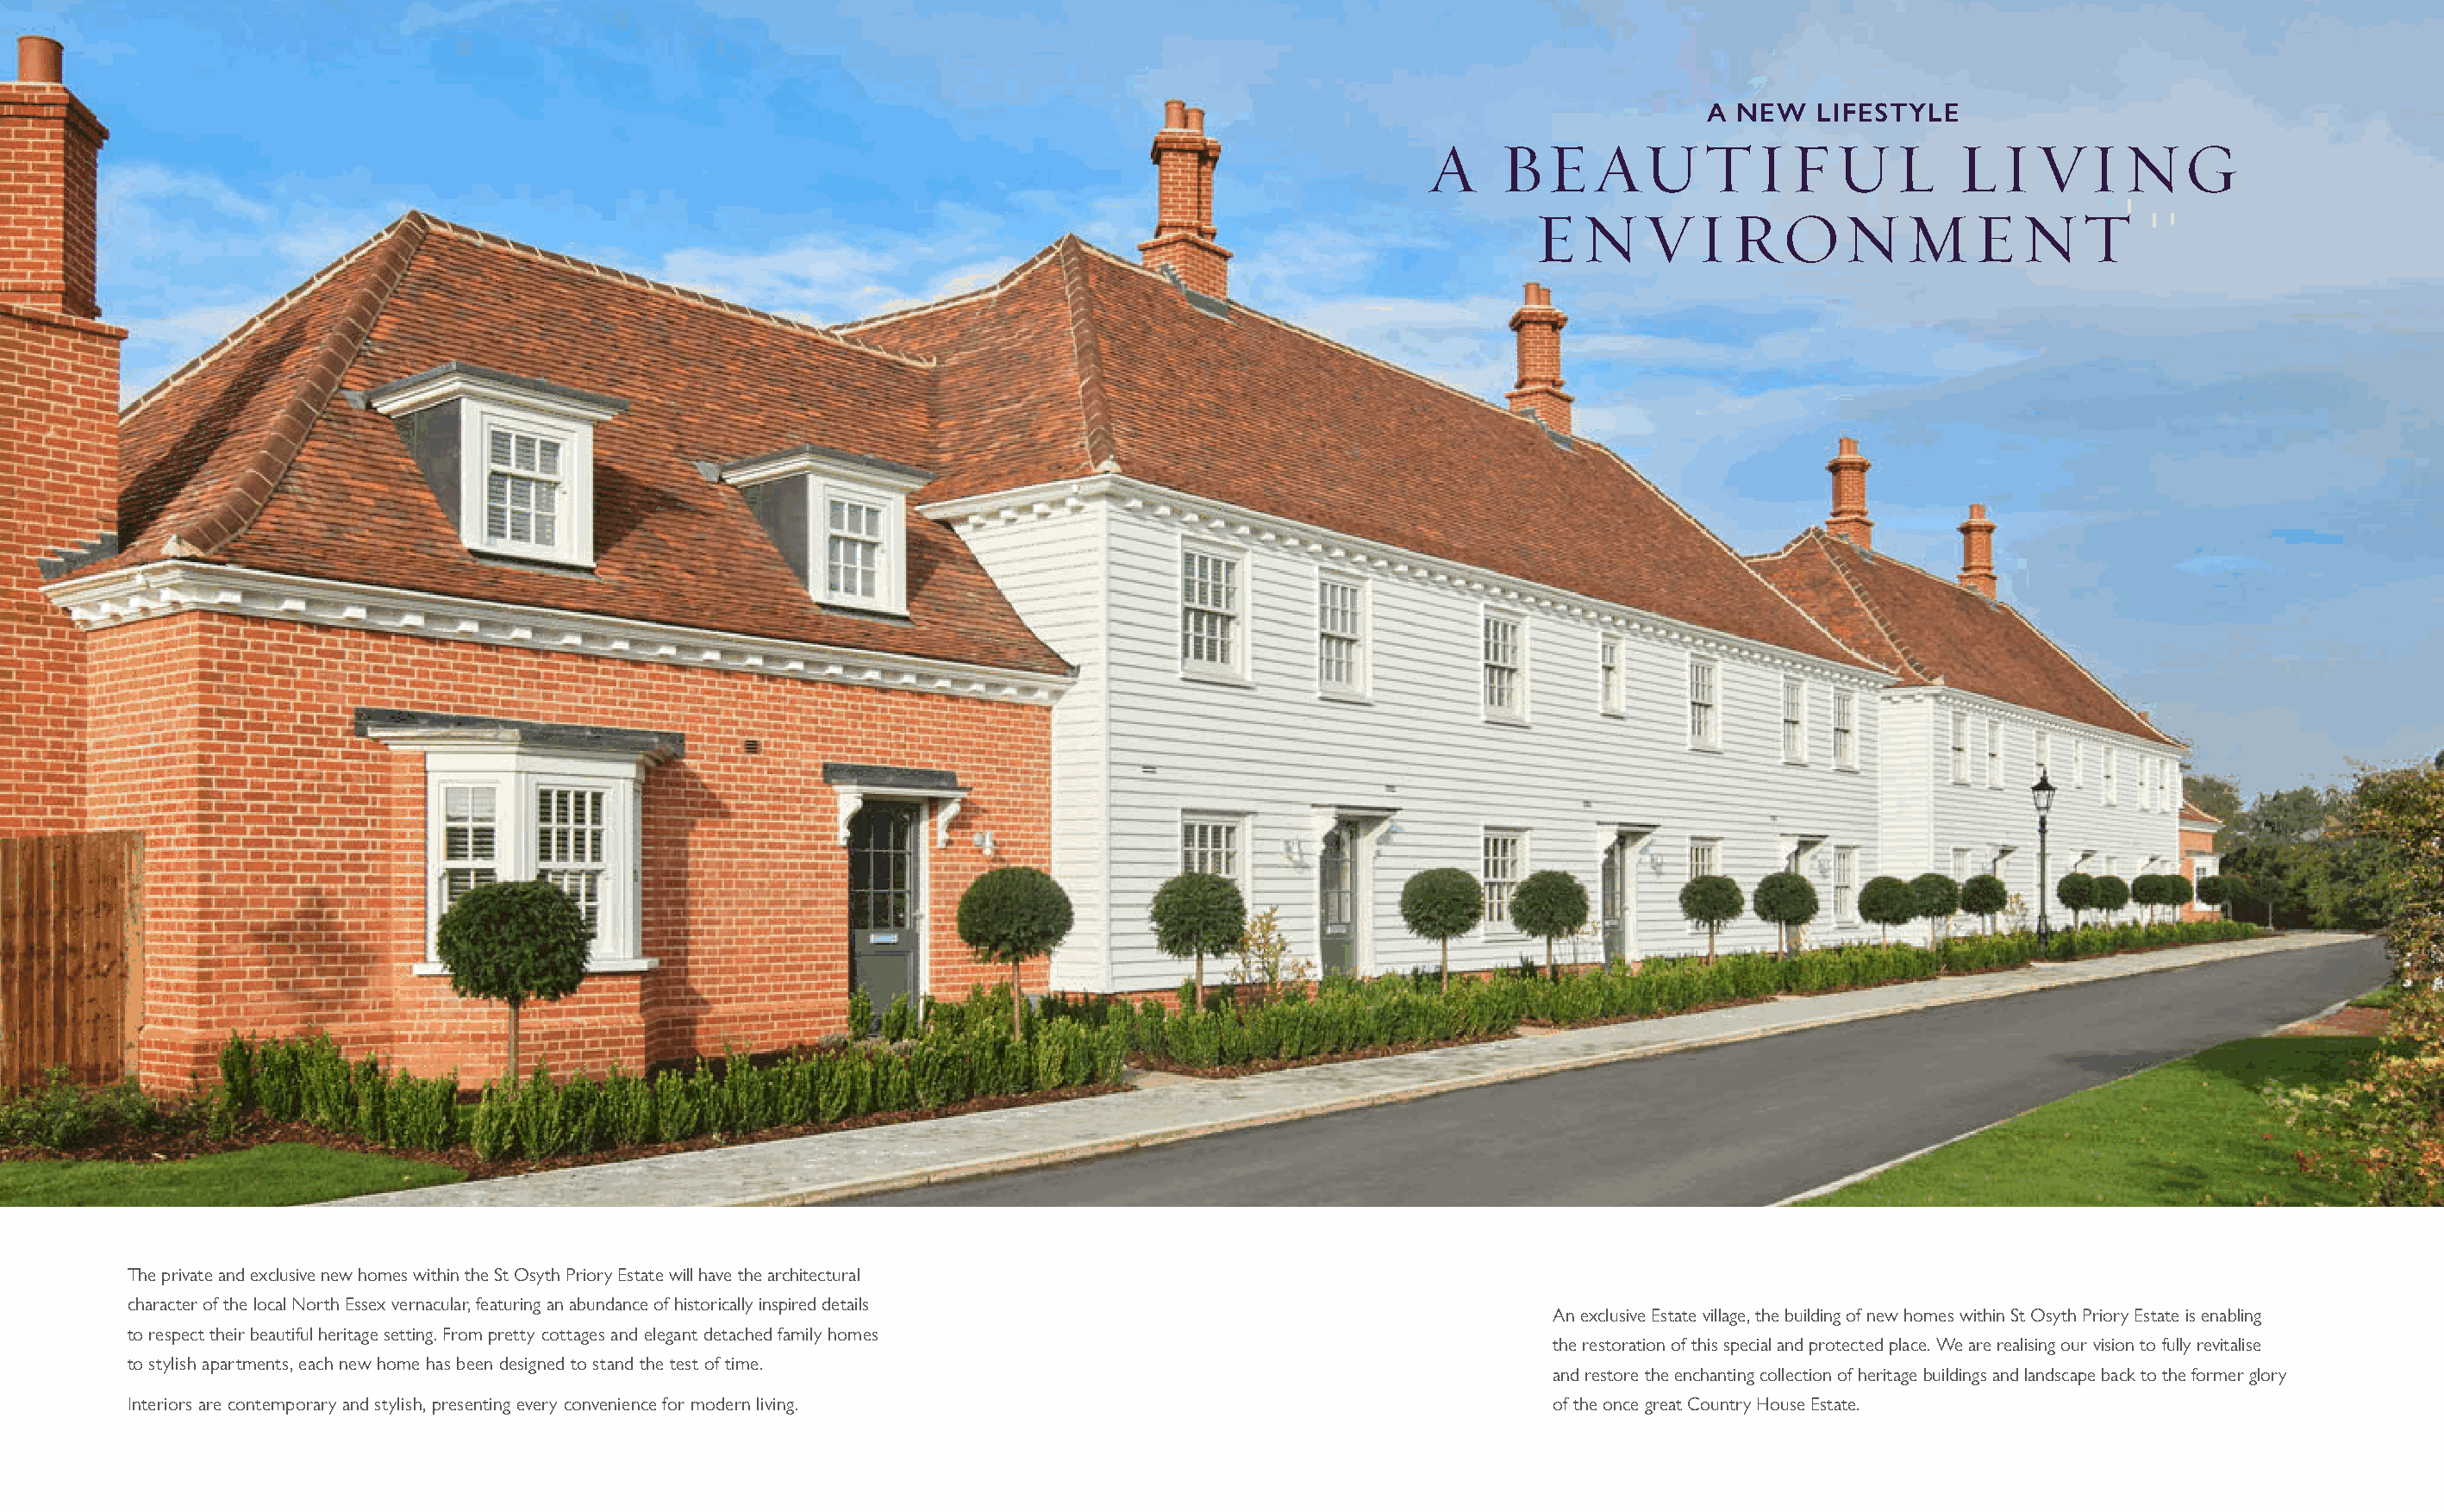
A NEW    LIFESTYLE
 A    BEAUTIFUL                          LIVING
 ENVIRONMENT
 The private and exclusive new homes within the St Osyth Priory Estate will have the architectural
 character of the local North Essex vernacular, featuring an abundance of historically inspired details
 An exclusive Estate village, the building of new homes within St Osyth Priory Estate is enabling
 to respect their beautiful heritage setting. From pretty cottages and elegant detached family homes
 the restoration of this special and protected place. We are realising our vision to fully revitalise
 to stylish apartments, each new home has been designed to stand the test of time.
 and restore the enchanting collection of heritage buildings and landscape back to the former glory
 Interiors are contemporary and stylish, presenting every convenience for modern living.                      of the once great Country House Estate.